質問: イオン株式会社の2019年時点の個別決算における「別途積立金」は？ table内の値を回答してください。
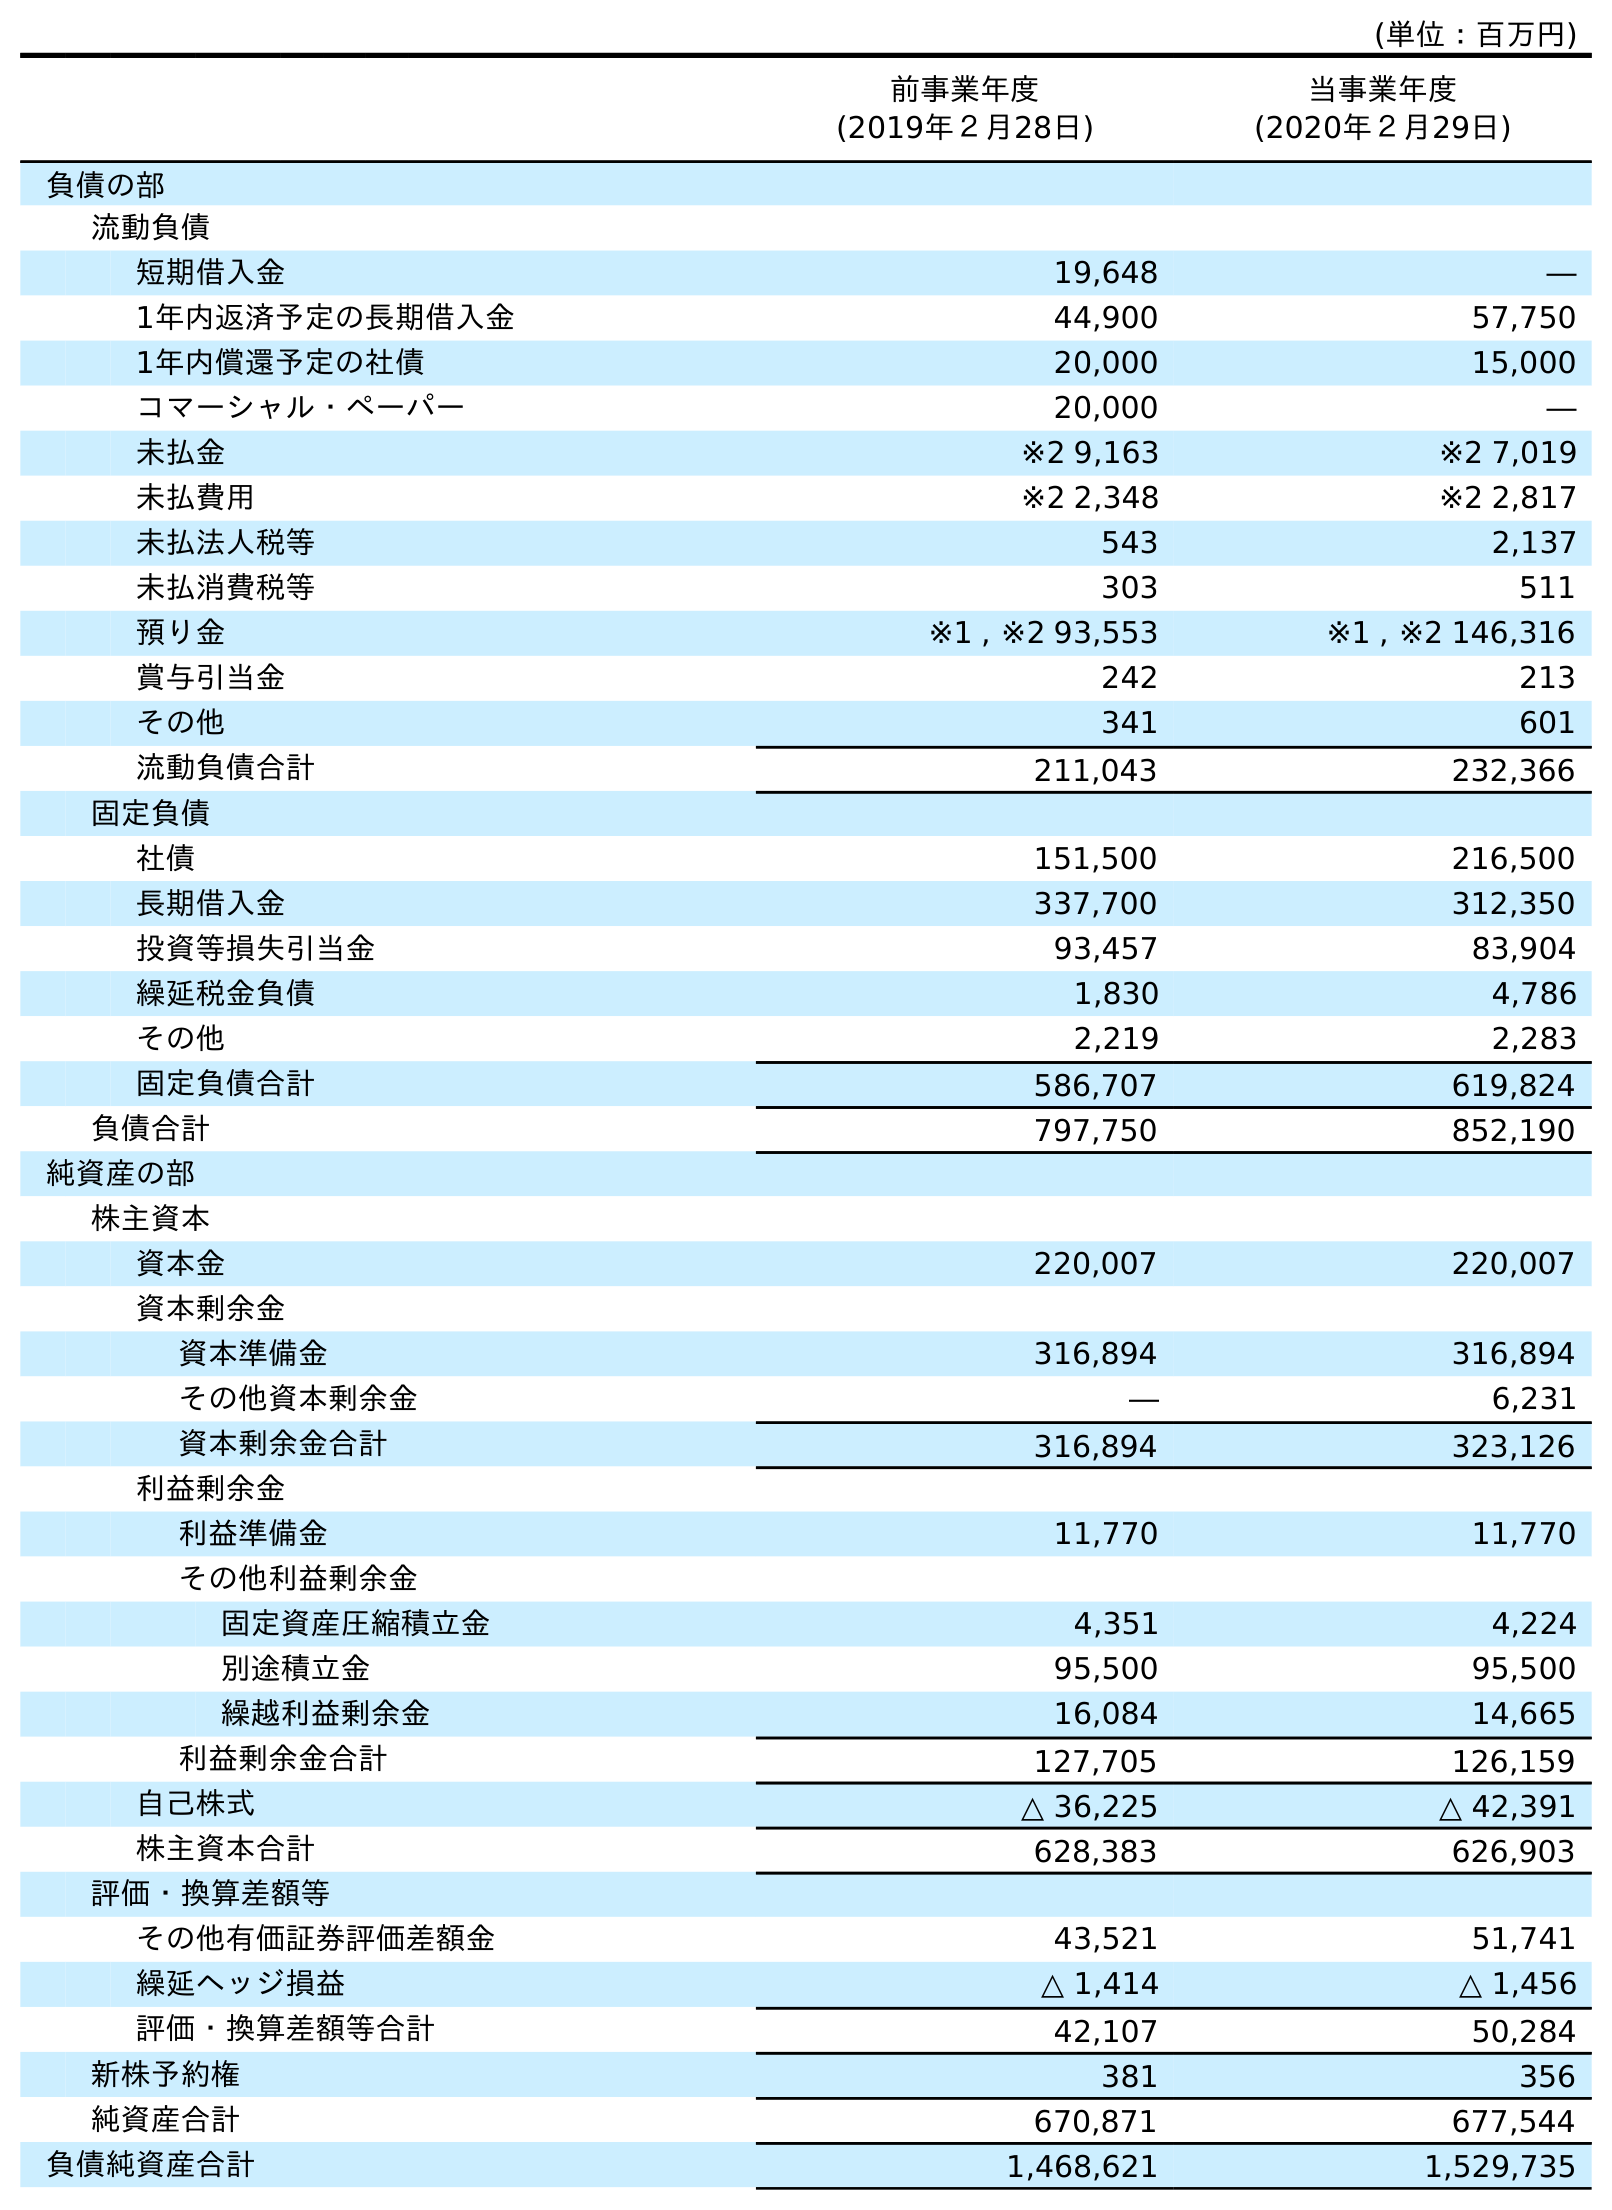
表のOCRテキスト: (単位：百万円) 前事業年度 (2019年２月28日) 当事業年度 (2020年２月29日) 負債の部 流動負債 短期借入金 19,648 ― 1年内返済予定の長期借入金 44,900 57,750 1年内償還予定の社債 20,000 15,000 コマーシャル・ペーパー 20,000 ― 未払金 ※2 9,163 ※2 7,019 未払費用 ※2 2,348 ※2 2,817 未払法人税等 543 2,137 未払消費税等 303 511 預り金 ※1 , ※2 93,553 ※1 , ※2 146,316 賞与引当金 242 213 その他 341 601 流動負債合計 211,043 232,366 固定負債 社債 151,500 216,500 長期借入金 337,700 312,350 投資等損失引当金 93,457 83,904 繰延税金負債 1,830 4,786 その他 2,219 2,283 固定負債合計 586,707 619,824 負債合計 797,750 852,190 純資産の部 株主資本 資本金 220,007 220,007 資本剰余金 資本準備金 316,894 316,894 その他資本剰余金 ― 6,231 資本剰余金合計 316,894 323,126 利益剰余金 利益準備金 11,770 11,770 その他利益剰余金 固定資産圧縮積立金 4,351 4,224 別途積立金 95,500 95,500 繰越利益剰余金 16,084 14,665 利益剰余金合計 127,705 126,159 自己株式 △ 36,225 △ 42,391 株主資本合計 628,383 626,903 評価・換算差額等 その他有価証券評価差額金 43,521 51,741 繰延ヘッジ損益 △ 1,414 △ 1,456 評価・換算差額等合計 42,107 50,284 新株予約権 381 356 純資産合計 670,871 677,544 負債純資産合計 1,468,621 1,529,735
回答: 95,500